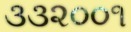
૩૩૨૦૦૧